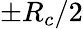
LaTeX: \pm R_{c}/2